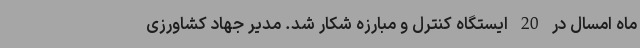
ماه امسال در 20 ایستگاه کنترل و مبارزه شکار شد. مدیر جهاد کشاورزی